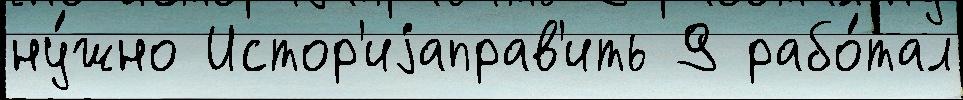
ну́жно Истор'иjаправ'ить 9 рабо́тал